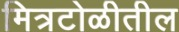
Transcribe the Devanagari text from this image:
मित्रटोळीतील